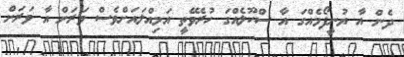
ދެން އާ ޔުނީފޯމެއްގަ އާ ސްކޫލެއްގަ ހުރެވޭތީ އަމިއްލައަށްވެސް ވަރަށް އާ ވަރަށް